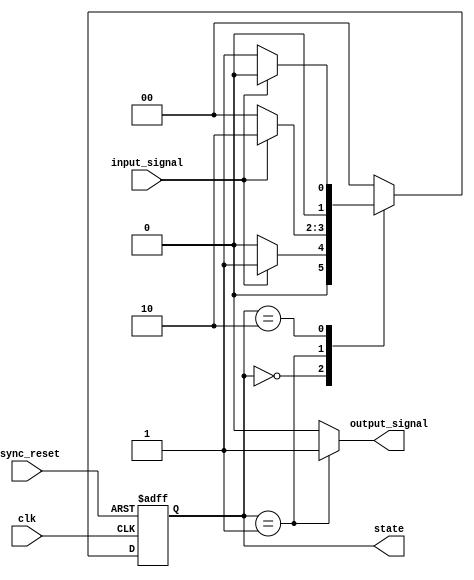
module moore_state_machine (
    input wire clk,                // Clock signal
    input wire async_reset,        // Asynchronous reset signal
    input wire input_signal,       // Input signal for state transitions
    output reg [1:0] state,        // Current state output (2 bits for 3 states)
    output reg output_signal       // Output signal based on the current state
);

// State Encoding
localparam S0 = 2'b00; // State 0
localparam S1 = 2'b01; // State 1
localparam S2 = 2'b10; // State 2

// State Transition Logic
always @(posedge clk or posedge async_reset) begin
    if (async_reset) begin
        // Asynchronous reset to state S0
        state <= S0;
    end else begin
        // State transition logic based on input_signal
        case (state)
            S0: begin
                if (input_signal) 
                    state <= S1; // Transition from S0 to S1
                else 
                    state <= S0; // Stay in S0
            end
            S1: begin
                if (input_signal) 
                    state <= S2; // Transition from S1 to S2
                else 
                    state <= S0; // Transition from S1 to S0
            end
            S2: begin
                if (input_signal) 
                    state <= S0; // Transition from S2 to S0
                else 
                    state <= S1; // Transition from S2 to S1
            end
            default: 
                state <= S0; // Default to S0 on illegal state
        endcase
    end
end

// Output Logic
always @(state) begin
    case (state)
        S0: output_signal = 1'b0; // Output for state S0
        S1: output_signal = 1'b1; // Output for state S1
        S2: output_signal = 1'b0; // Output for state S2
        default: output_signal = 1'b0; // Default output
    endcase
end

endmodule